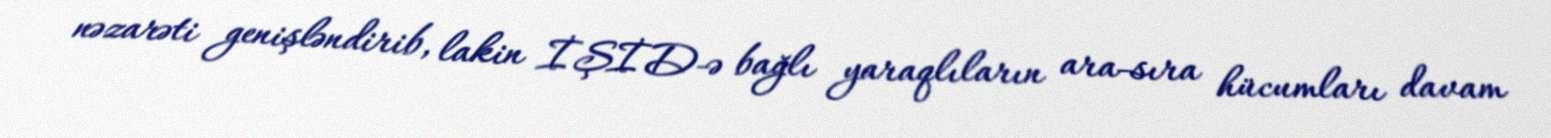
nəzarəti genişləndirib, lakin İŞİD-ə bağlı yaraqlıların ara-sıra hücumları davam